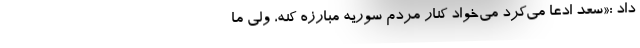
داد :«سعد ادعا می‌کرد می‌خواد کنار مردم سوریه مبارزه کنه، ولی ما